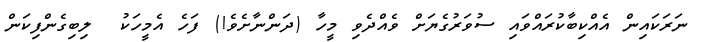
ނަރަކައިން އެއްކިބާކުރައްވައި ސުވަރުގެޔަށް ވެއްދެވި މީހާ (ދަންނާށެވެ!) ފަހެ އެމީހަކު  ލިބިގެންފިކަން